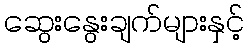
ဆွေးနွေးချက်များနှင့်